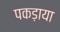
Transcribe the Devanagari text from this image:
पकड़ाया